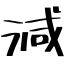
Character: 減